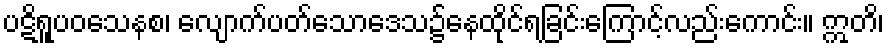
ပဋိရူပဝသေနစ၊ လျောက်ပတ်သောဒေသ၌နေထိုင်ရခြင်းကြောင့်လည်းကောင်း။ ဣတိ၊